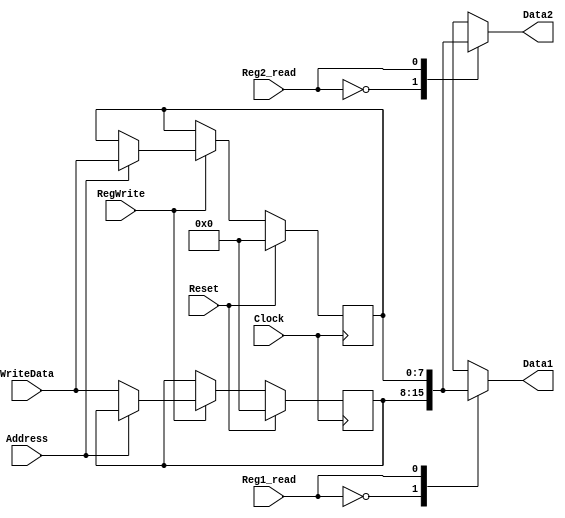
module registers_bank(Clock, RegWrite,Reg1_read, Reg2_read, Address, WriteData, Data1, Data2, Reset);
	input Clock, RegWrite, Reset;
	input Reg1_read;
	input Reg2_read;
	input Address; // Reg 1(read) Reg 2(read) Reg 1(write)
	input [7:0]WriteData; // Escreve dado
	
	output [7:0]Data1;
	output [7:0]Data2; // Dado 1 Dado 2
	
	reg [7:0]Memory[1:0]; // s possuo dois registradores
	
	assign Data1 = Memory[Reg1_read];
	assign Data2 = Memory[Reg2_read];
	
	integer i;
	
	always @(posedge Clock) begin
			if(Reset) begin //Quando resetar coloca os regs igual a zero
				for(i=0;i<2;i=i+1)
					Memory[i] = 0;
			end
			else if(RegWrite)
				Memory[Address] <= WriteData;
			else begin //Quando no estiver fazendo nada
				for(i=0;i<2;i=i+1)
					Memory[i] <= Memory[i];
			end
			
	end
		
endmodule